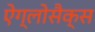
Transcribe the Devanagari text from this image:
ऐंग्लोसैक्स